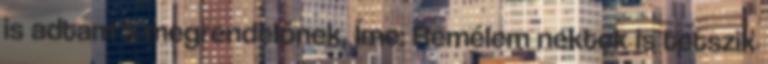
is adtam a megrendelőnek. Íme: Remélem nektek is tetszik